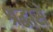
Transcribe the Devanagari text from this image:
श्रद्धासे